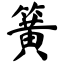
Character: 簧